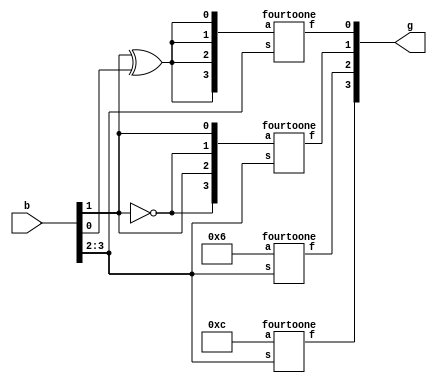
module main(b,g);
	input [3:0] b;
	output [3:0] g;
	wire h;
	assign h = b[1]^b[0];
	fourtoone stage0({1'b1,1'b1,1'b0,1'b0},b[3:2],g[3]);
	fourtoone stage1({1'b0,1'b1,1'b1,1'b0},b[3:2],g[2]);
	fourtoone stage2({~b[1],b[1],~b[1],b[1]},b[3:2],g[1]);
	fourtoone stage3({h,h,h,h},b[3:2],g[0]);
endmodule

module fourtoone(a,s,f);
	input [3:0]a;
	input [1:0] s;
	output f;
	reg f;
	always@(s,a)
	begin
		case(s)
			0: f =a[0];
			1: f =a[1];
			2: f =a[2];
			3: f =a[3];
		endcase
	end
endmodule